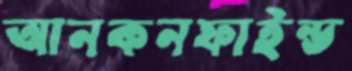
আনকনফাইন্ড